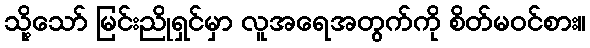
သို့သော် မြင်းညိုရှင်မှာ လူအရေအတွက်ကို စိတ်မဝင်စား။